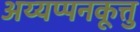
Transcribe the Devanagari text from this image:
अय्यप्पनकूत्तु